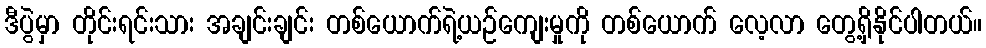
ဒီပွဲမှာ တိုင်းရင်းသား အချင်းချင်း တစ်ယောက်ရဲ့ယဉ်ကျေးမှုကို တစ်ယောက် လေ့လာ တွေ့ရှိနိုင်ပါတယ်။